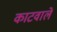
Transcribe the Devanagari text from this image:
काटवाले